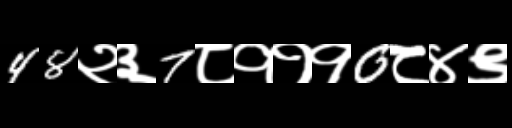
Text: 48२३7८१११0८४९